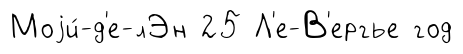
Моjи́-д'е-лЭн 25 Л'е-В'ергье год